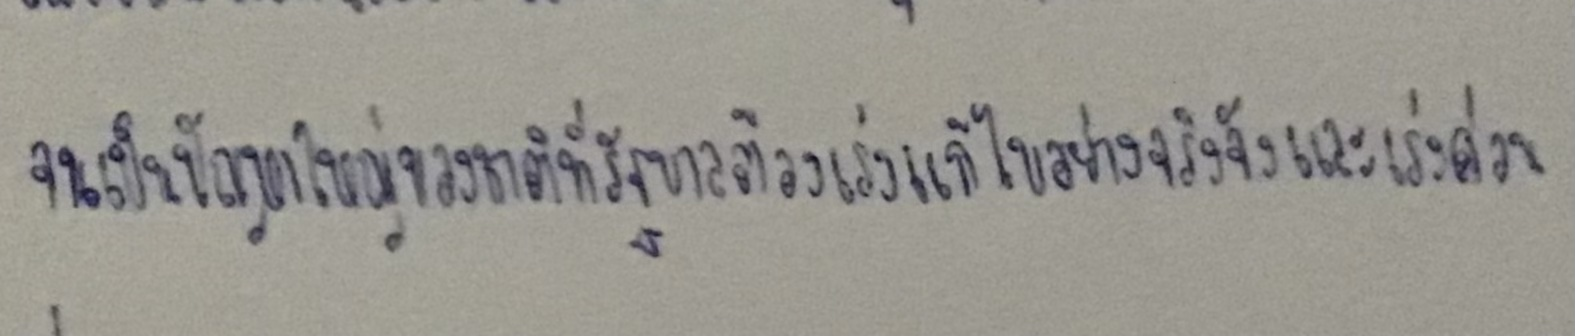
จนเป็นปัญหาใหญ่ของชาติที่รัฐบาลต้องเร่งแก้ไขอย่างจริงจังและเร่งด่วน